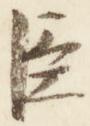
臣